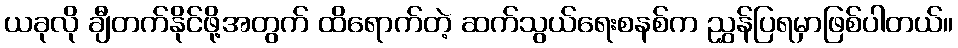
ယခုလို ချီတက်နိုင်ဖို့အတွက် ထိရောက်တဲ့ ဆက်သွယ်ရေးစနစ်က ညွှန်ပြရမှာဖြစ်ပါတယ်။